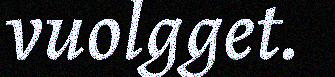
vuolgget.